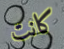
كانت